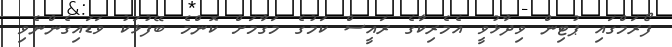
ފޯރަމްގައި ޕުޓިން ވިދާޅުވީ އެމެރިކާގެ ރައީސް ކަމުގެ މަގާމަށް ކޮންމެ ބޭފުޅަކު ވަޑައިގެންނެވި